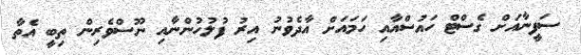
ސަފީނާއަށް ގެސްޓް ހައުސްއާއި ހަމައަށް އާދެވުނު އިރު ފުލުހުންނާއި ނޫސްވެރިން ތިބީ އެތާ